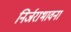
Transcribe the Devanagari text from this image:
निर्जराभावना